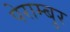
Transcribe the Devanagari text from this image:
पेराम्बुर